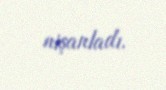
nişanladı.